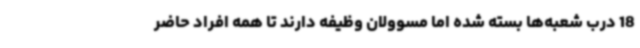
18 درب شعبه‌ها بسته شده اما مسوولان وظیفه دارند تا همه افراد حاضر